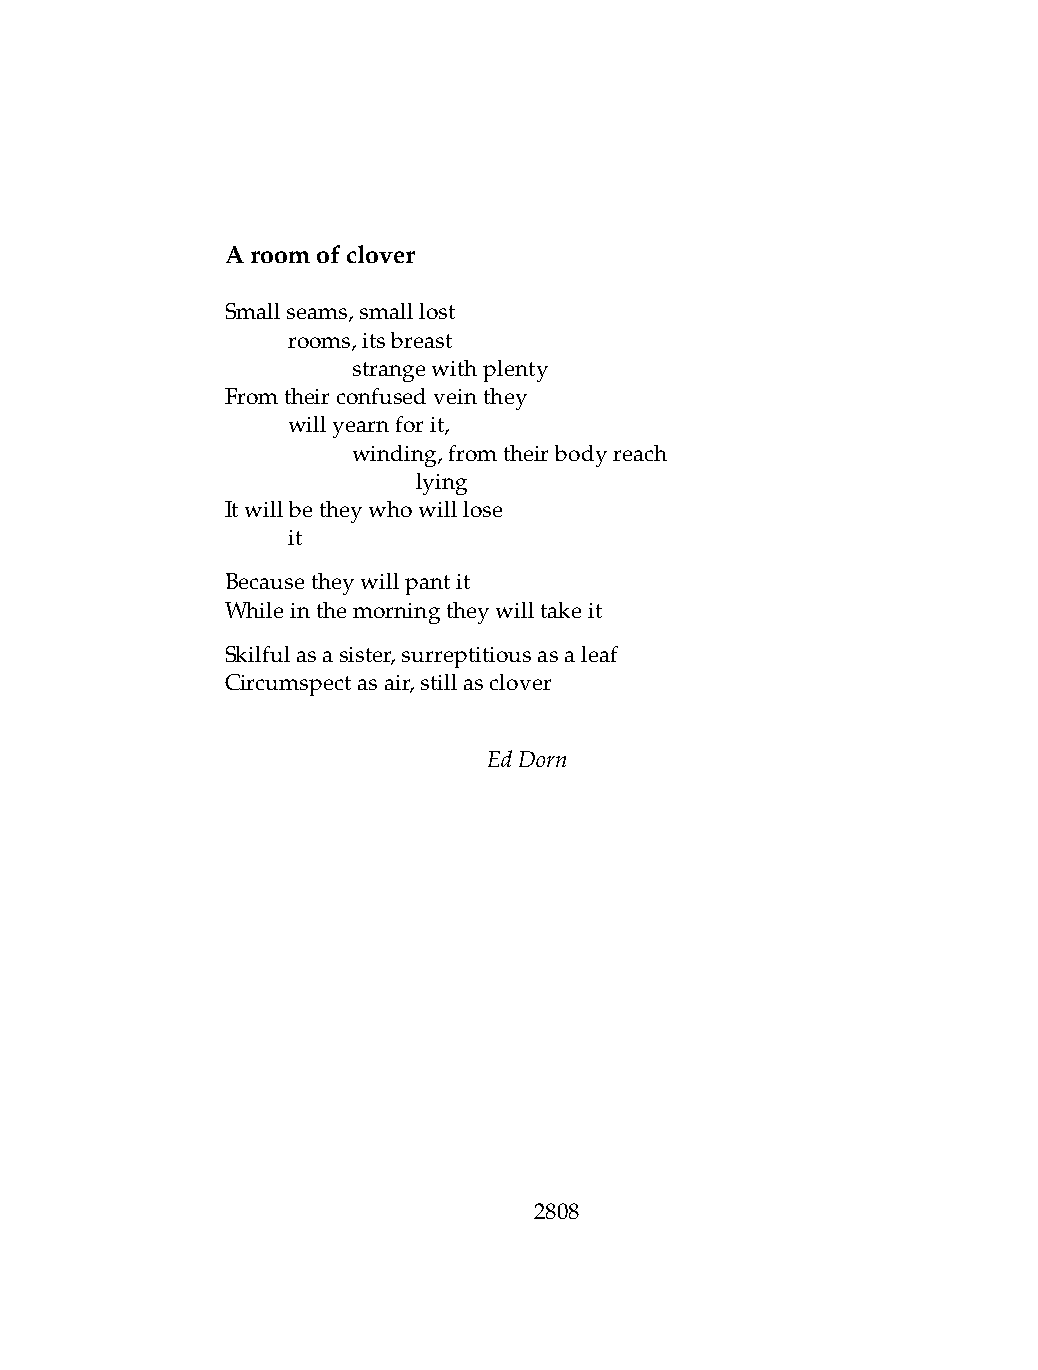
Aroomofclover
 Smallseams,smalllost
 .   rooms,itsbreast
 .   .   strangewithplenty
 Fromtheirconfusedveinthey
 .   willyearnforit,
 .   .   winding,fromtheirbodyreach
 .   .   .    lying
 Itwillbetheywhowilllose
 .   it
 Becausetheywillpantit
 Whileinthemorningtheywilltakeit
 Skilfulasasister,surreptitiousasaleaf
 Circumspectasair,stillasclover
 EdDorn
 2808